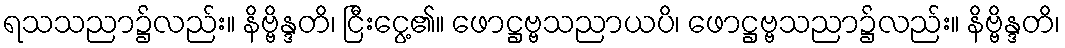
ရသသညာ၌လည်း။ နိဗ္ဗိန္ဒတိ၊ ငြီးငွေ့၏။ ဖောဋ္ဌဗ္ဗသညာယပိ၊ ဖောဋ္ဌဗ္ဗသညာ၌လည်း။ နိဗ္ဗိန္ဒတိ၊